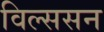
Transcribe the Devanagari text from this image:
विल्ससन